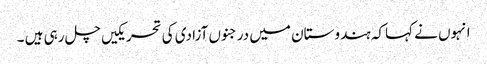
انہوں نے کہاکہ ہندوستان میں درجنوں آزادی کی تحریکیں چل رہی ہیں ۔